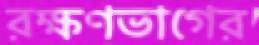
রক্ষণভাগের